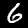
Digit: 6